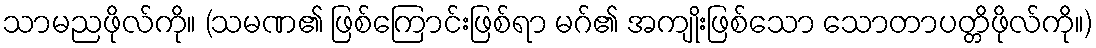
သာမညဖိုလ်ကို။ (သမဏ၏ ဖြစ်ကြောင်းဖြစ်ရာ မဂ်၏ အကျိုးဖြစ်သော သောတာပတ္တိဖိုလ်ကို။)